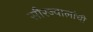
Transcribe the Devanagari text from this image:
सौरज्वालांची